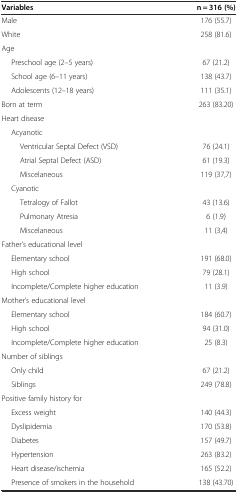
<table><thead><tr><td><b>Variables</b></td><td><b>n = 316 (%)</b></td></tr></thead><tbody><tr><td>Male</td><td>176 (55.7)</td></tr><tr><td>White</td><td>258 (81.6)</td></tr><tr><td>Age</td><td></td></tr><tr><td>Preschool age (2–5 years)</td><td>67 (21.2)</td></tr><tr><td>School age (6–11 years)</td><td>138 (43.7)</td></tr><tr><td>Adolescents (12–18 years)</td><td>111 (35.1)</td></tr><tr><td>Born at term</td><td>263 (83.20)</td></tr><tr><td>Heart disease</td><td></td></tr><tr><td>Acyanotic</td><td></td></tr><tr><td>Ventricular Septal Defect (VSD)</td><td>76 (24.1)</td></tr><tr><td>Atrial Septal Defect (ASD)</td><td>61 (19.3)</td></tr><tr><td>Miscelaneous</td><td>119 (37,7)</td></tr><tr><td>Cyanotic</td><td></td></tr><tr><td>Tetralogy of Fallot</td><td>43 (13.6)</td></tr><tr><td>Pulmonary Atresia</td><td>6 (1.9)</td></tr><tr><td>Miscelaneous</td><td>11 (3,4)</td></tr><tr><td>Father’s educational level</td><td></td></tr><tr><td>Elementary school</td><td>191 (68.0)</td></tr><tr><td>High school</td><td>79 (28.1)</td></tr><tr><td>Incomplete/Complete higher education</td><td>11 (3.9)</td></tr><tr><td>Mother’s educational level</td><td></td></tr><tr><td>Elementary school</td><td>184 (60.7)</td></tr><tr><td>High school</td><td>94 (31.0)</td></tr><tr><td>Incomplete/Complete higher education</td><td>25 (8.3)</td></tr><tr><td>Number of siblings</td><td></td></tr><tr><td>Only child</td><td>67 (21.2)</td></tr><tr><td>Siblings</td><td>249 (78.8)</td></tr><tr><td>Positive family history for</td><td></td></tr><tr><td>Excess weight</td><td>140 (44.3)</td></tr><tr><td>Dyslipidemia</td><td>170 (53.8)</td></tr><tr><td>Diabetes</td><td>157 (49.7)</td></tr><tr><td>Hypertension</td><td>263 (83.2)</td></tr><tr><td>Heart disease/ischemia</td><td>165 (52.2)</td></tr><tr><td>Presence of smokers in the household</td><td>138 (43.70)</td></tr></tbody></table>